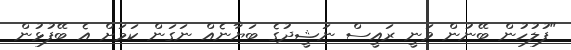
"ފުލުހުން ބޭނުން ވަނީ ރައީސް ނަޝީދުގެ ބަޔާނެއް ނަގަން ކަމަށް އެ ބޭފުޅުން